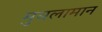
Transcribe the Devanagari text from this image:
मुसलामान